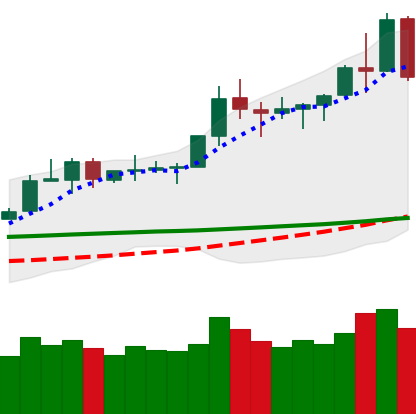
Ticker: TRX-USD
Chart end date: 2020-02-15
Forward return: -15.747%
Label: down_7plus